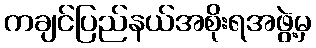
ကချင်ပြည်နယ်အစိုးရအဖွဲ့မှ